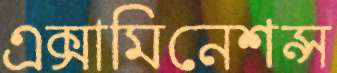
এক্সামিনেশন্স